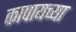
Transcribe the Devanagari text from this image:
कापायच्या